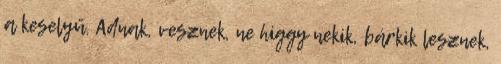
a keselyű. Adnak, vesznek, ne higgy nekik, bárkik lesznek,